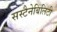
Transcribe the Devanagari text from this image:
सस्टैनेबिलिटी